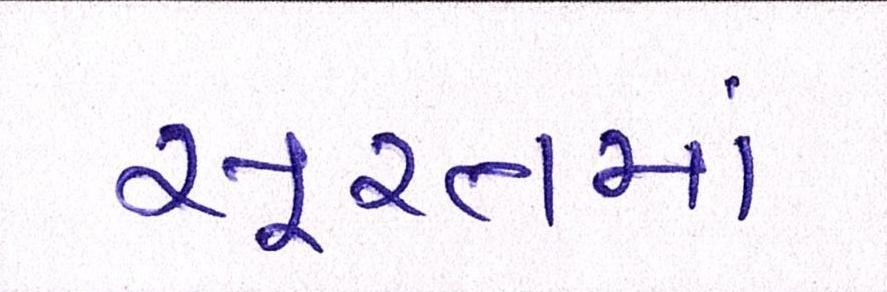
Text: સૂરતમાં